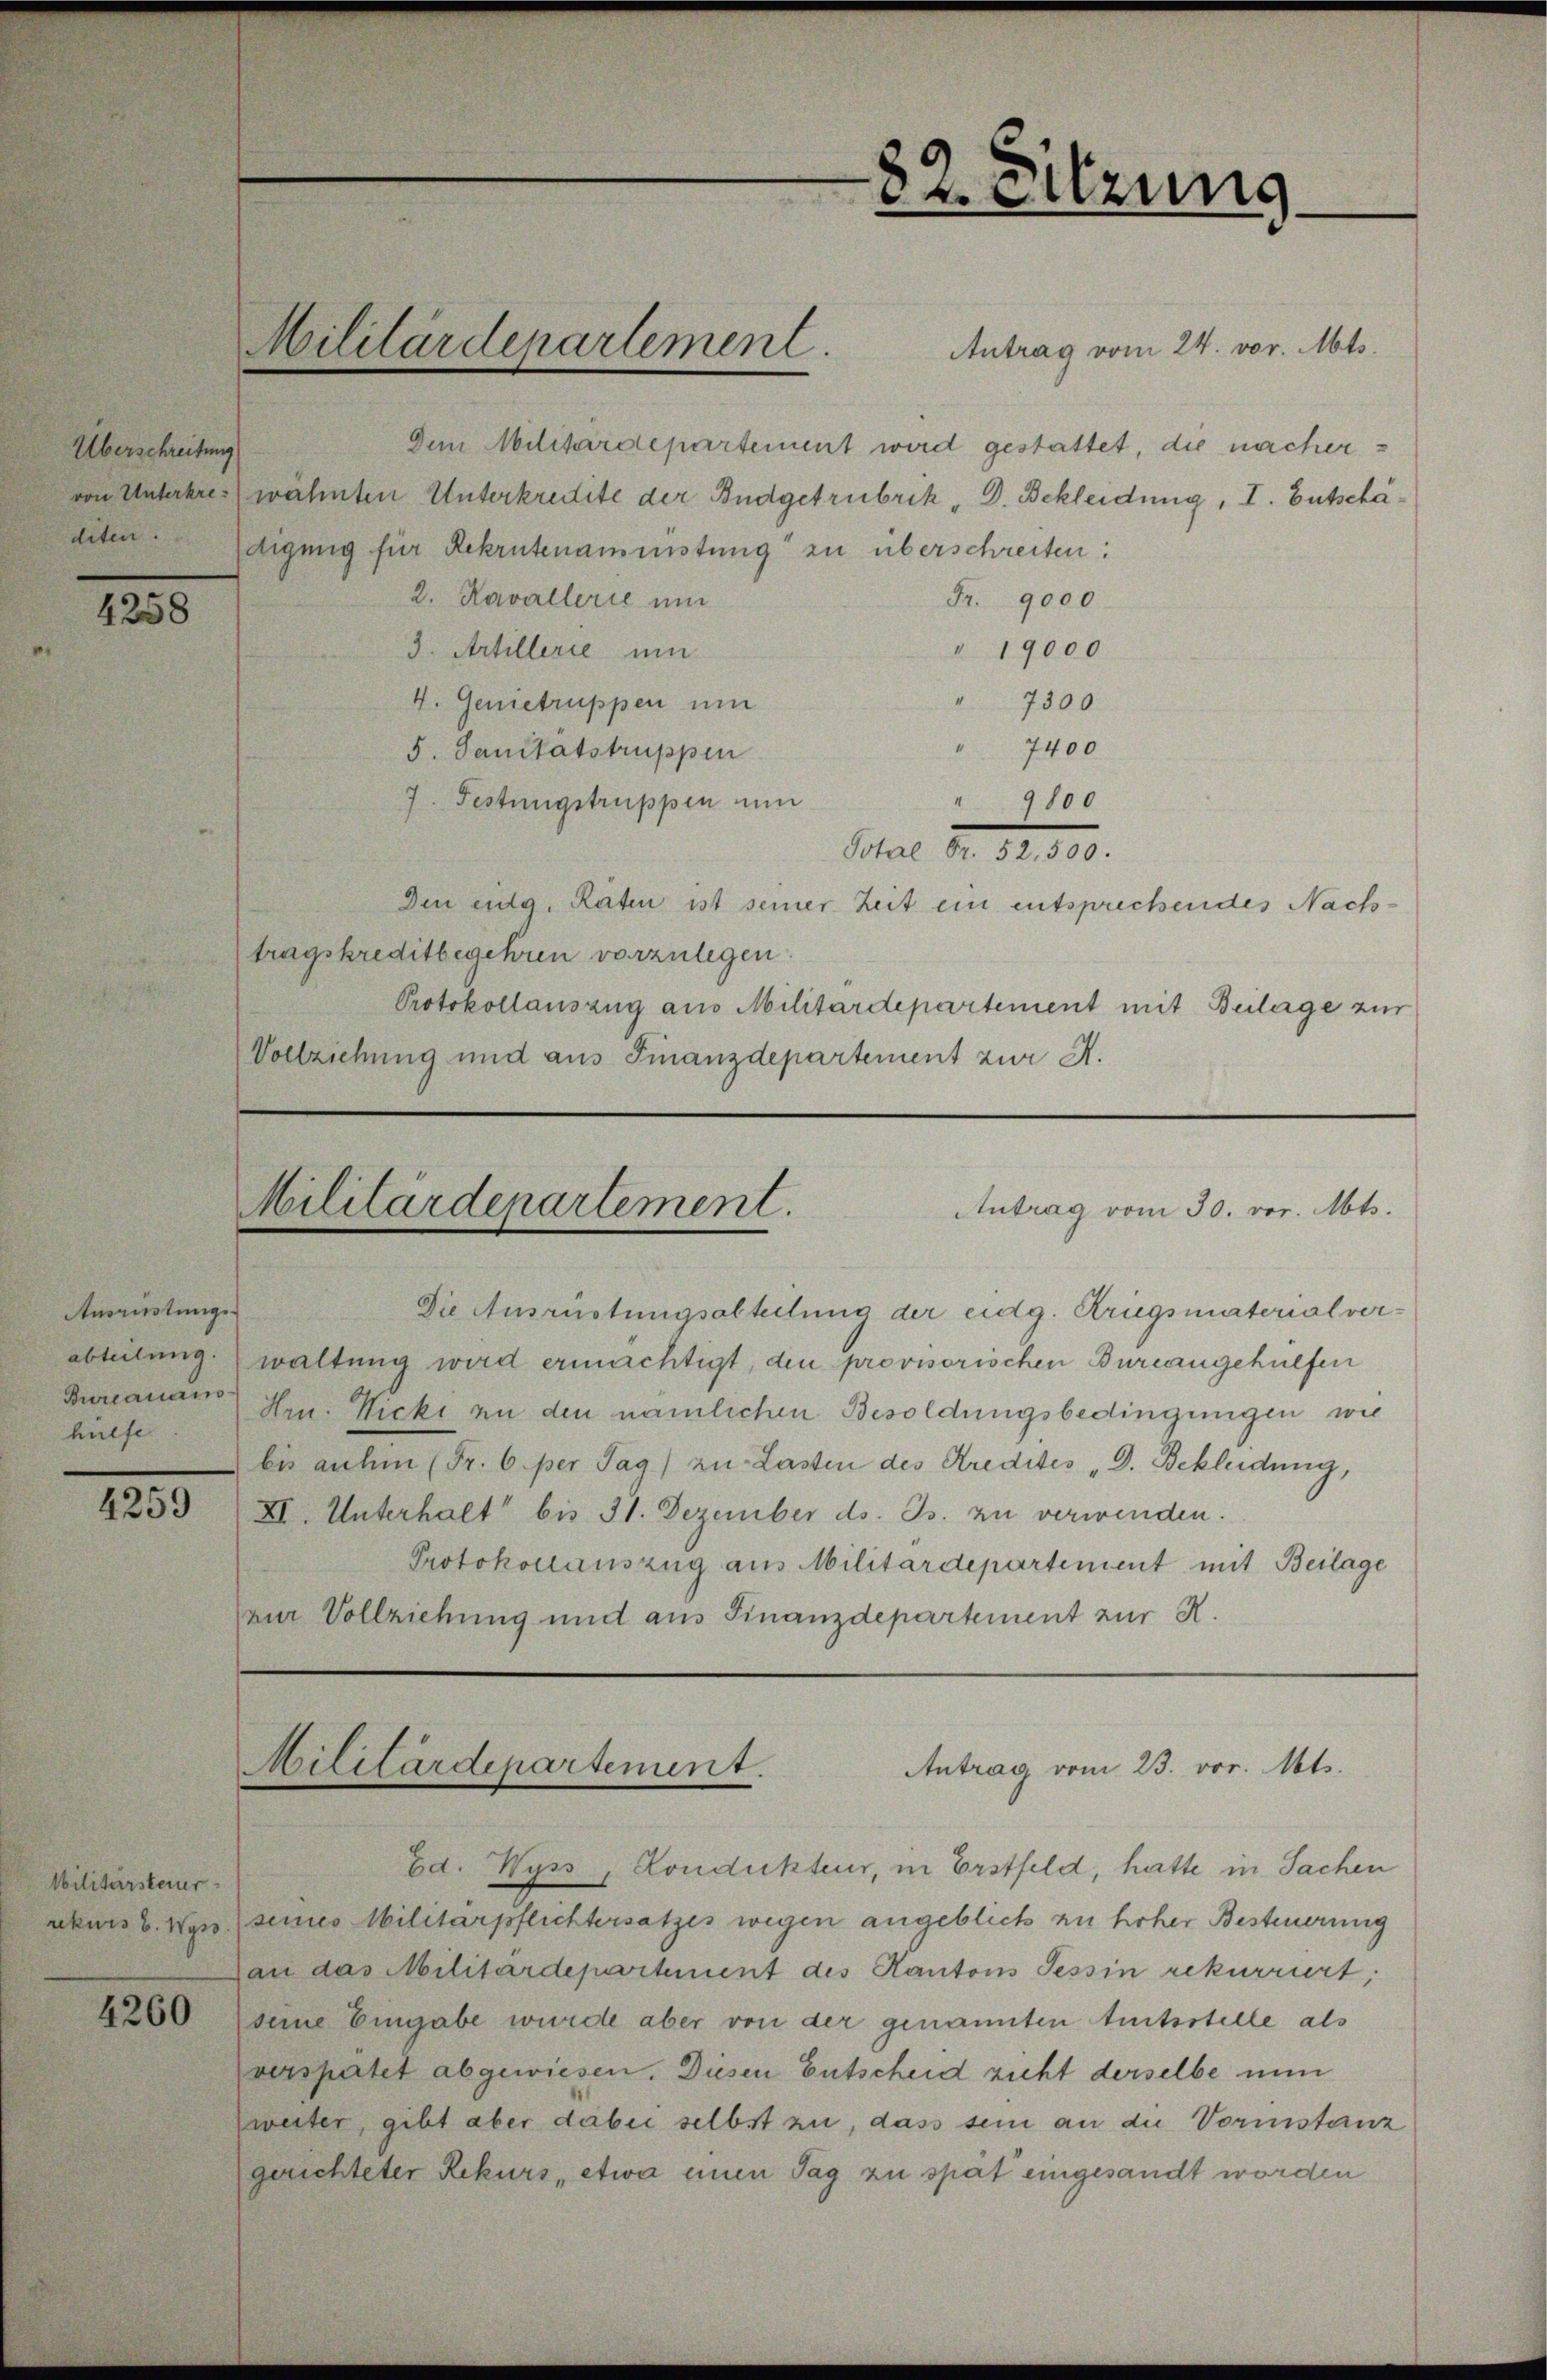
1230

Ausrüstungs-
Bureauaus
hülfe

125

Militärsteuer
rekurs v. Wyss.

4260

Überschreitung

Antrag vom 24. vor. Mts.
Dem Militärdepartement wird gestattet, die nachervon Unterbres wahnten Unterkredite der Budgetrubrik „D. Bekleidung, I. Entschä¬
Artendigung für Rekrutenamnistung zu überschreiten:
2. Kavallerie ein
Fr. 9000
" 19000
3. Artillerie ein
" 7300
4. Genietruppen um
7400
5. Sanitätstruppen
7. Festungstruppen um
9800
Stal S. 81. 890.
Den eidg. Räten ist seiner Zeit ein entsprechendes Nachtragskreditbegehren vorzulegen.
Protokollauszug aus Militärdepartement mit Beilage zur
Vollziehung und aus Finanzdepartement zur A.

Militärdepartement

82. Sitzung

Militärdepartement.
Antrag vom 30. vor. Mts.

Die Ausrüstungsabteilung der eidg. Kriegsmaterialver-
abteilung waltung wird ermächtigt, den provisorischen Burcangehülfen
Hrn. Nicki in den nämlichen Besoldungsbedingungen wie
bis auchen (Fr. 6 per Tag) zu Lasten des Kredites „D. Bekleidung,
XI. Unterhalt bis 31. Dezember ds. Js. zu verwenden.
Protokollauszug aus Militärdepartement mit Beilage
vir Vollziehung und aus Finanzdepartement zur R.

Militärdepartement.
Antrag vom 23. vor. Mts.

Ed. Wyss, Kondukteur, in Erstfeld, hatte in Sachen
seines Militärpflichtersatzes wegen angeblich zu hoher Besteuerung
zau das Militärdepartement des Kantons Tessin rekurriert;
seine Eingabe wurde aber von der genannten treitsstelle als
verspartet abgewiesen. Diesen Entscheid zieht derselbe nun
zweiter, gibt aber dabei selbst zu, dass sein an die Vorinstanz
gerichteter Rekurs, etwa einen Tag zu spät eingesandt worden